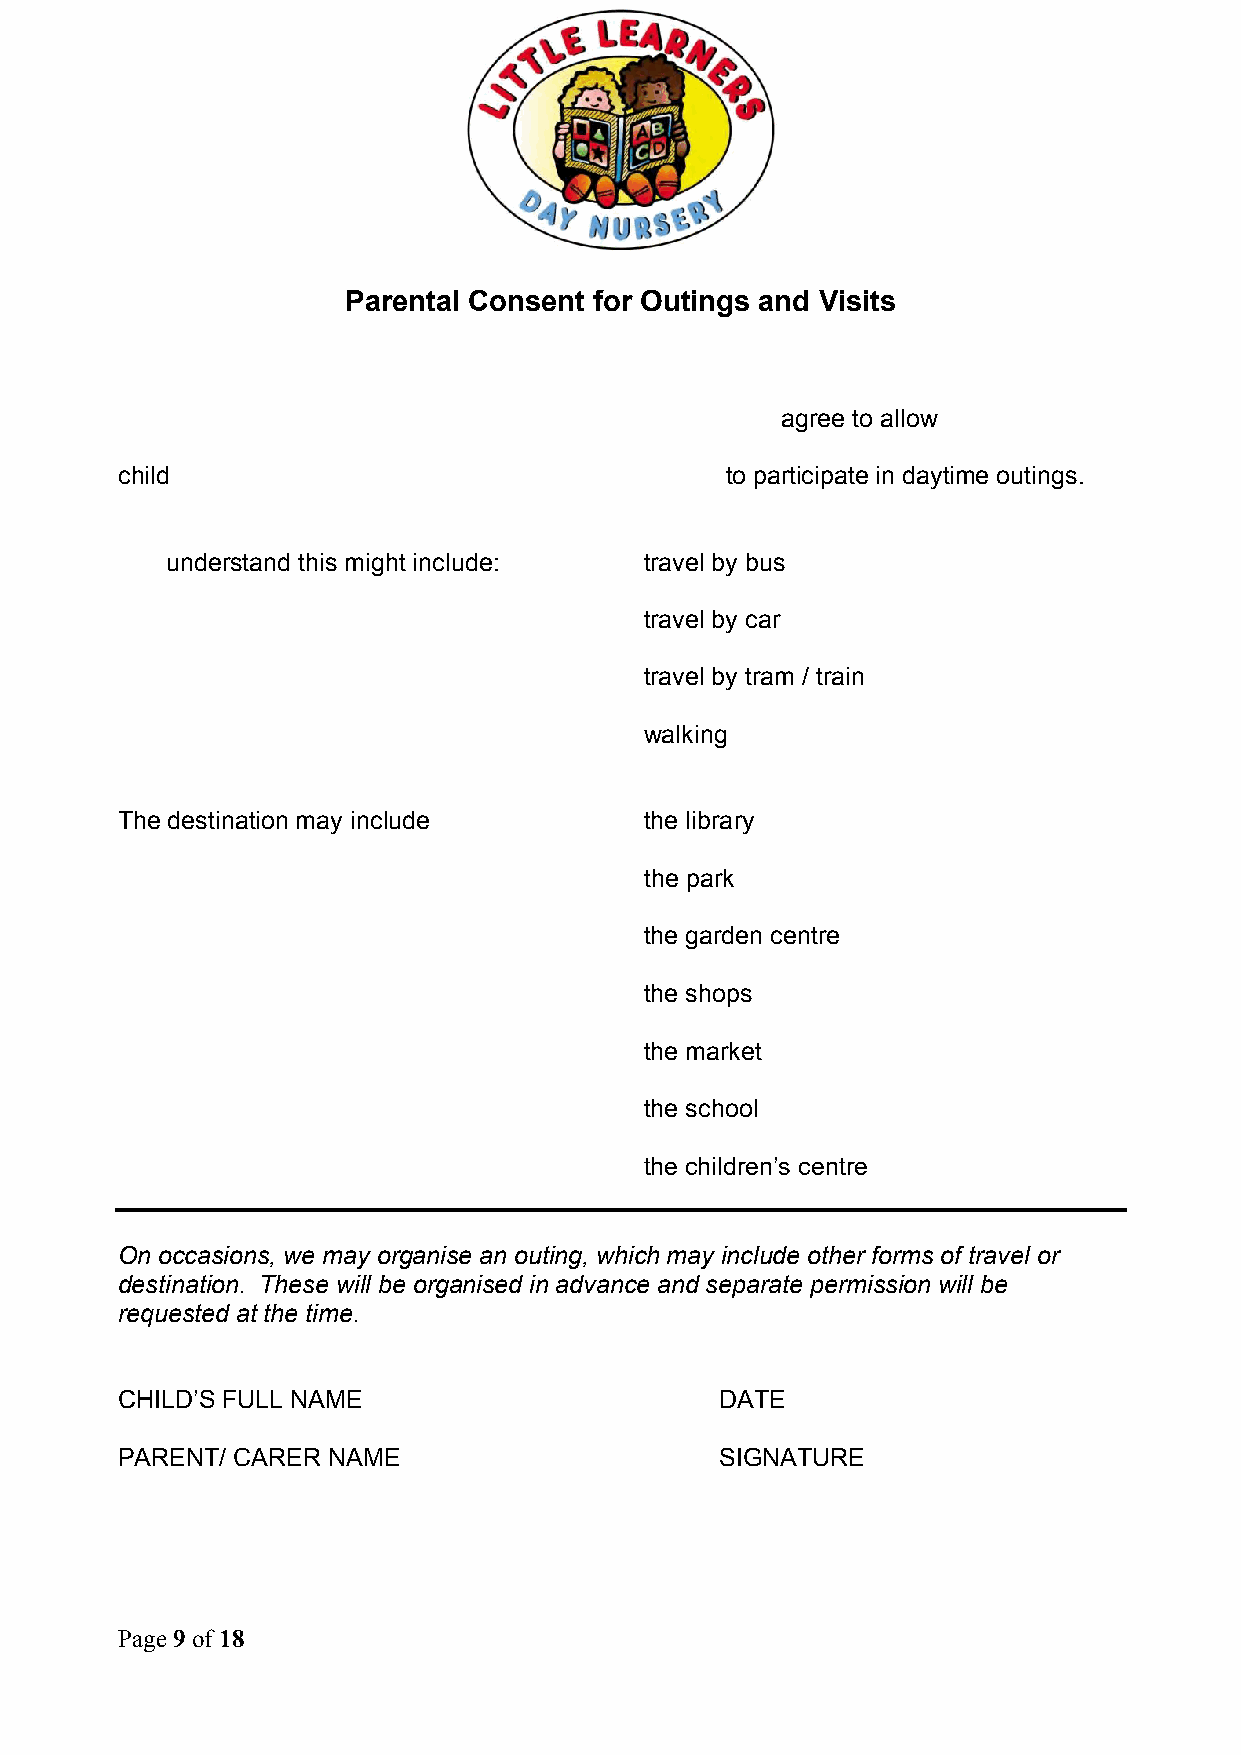
Parental Consent for Outings and Visits
 agree to allow
 child                                   to participate in daytime outings.
 understand this might include:  travel by bus
 travel by car
 travel by tram / train
 walking
 The destination may include        the library
 the park
 the garden centre
 the shops
 the market
 the school
 the children’s centre
 On occasions, we may organise an outing, which may include other forms of travel or
 destination. These will be organised in advance and separate permission will be
 requested at the time.
 CHILD’S FULL NAME                       DATE
 PARENT/ CARER NAME                      SIGNATURE
 Page 9 of 18